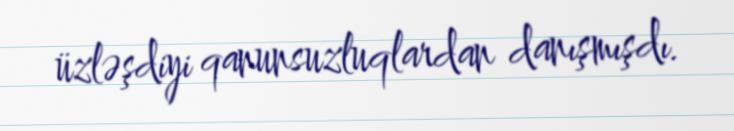
üzləşdiyi qanunsuzluqlardan danışmışdı.